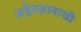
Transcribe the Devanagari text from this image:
अद्वैतज्ञानाची